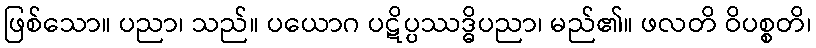
ဖြစ်သော။ ပညာ၊ သည်။ ပယောဂ ပဋိပ္ပဿဒ္ဓိပညာ၊ မည်၏။ ဖလတိ ဝိပစ္စတိ၊